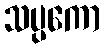
သပ္ပကော